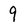
Character: 9